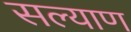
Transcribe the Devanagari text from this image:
सल्याण